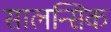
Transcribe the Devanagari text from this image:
सालन्सिक